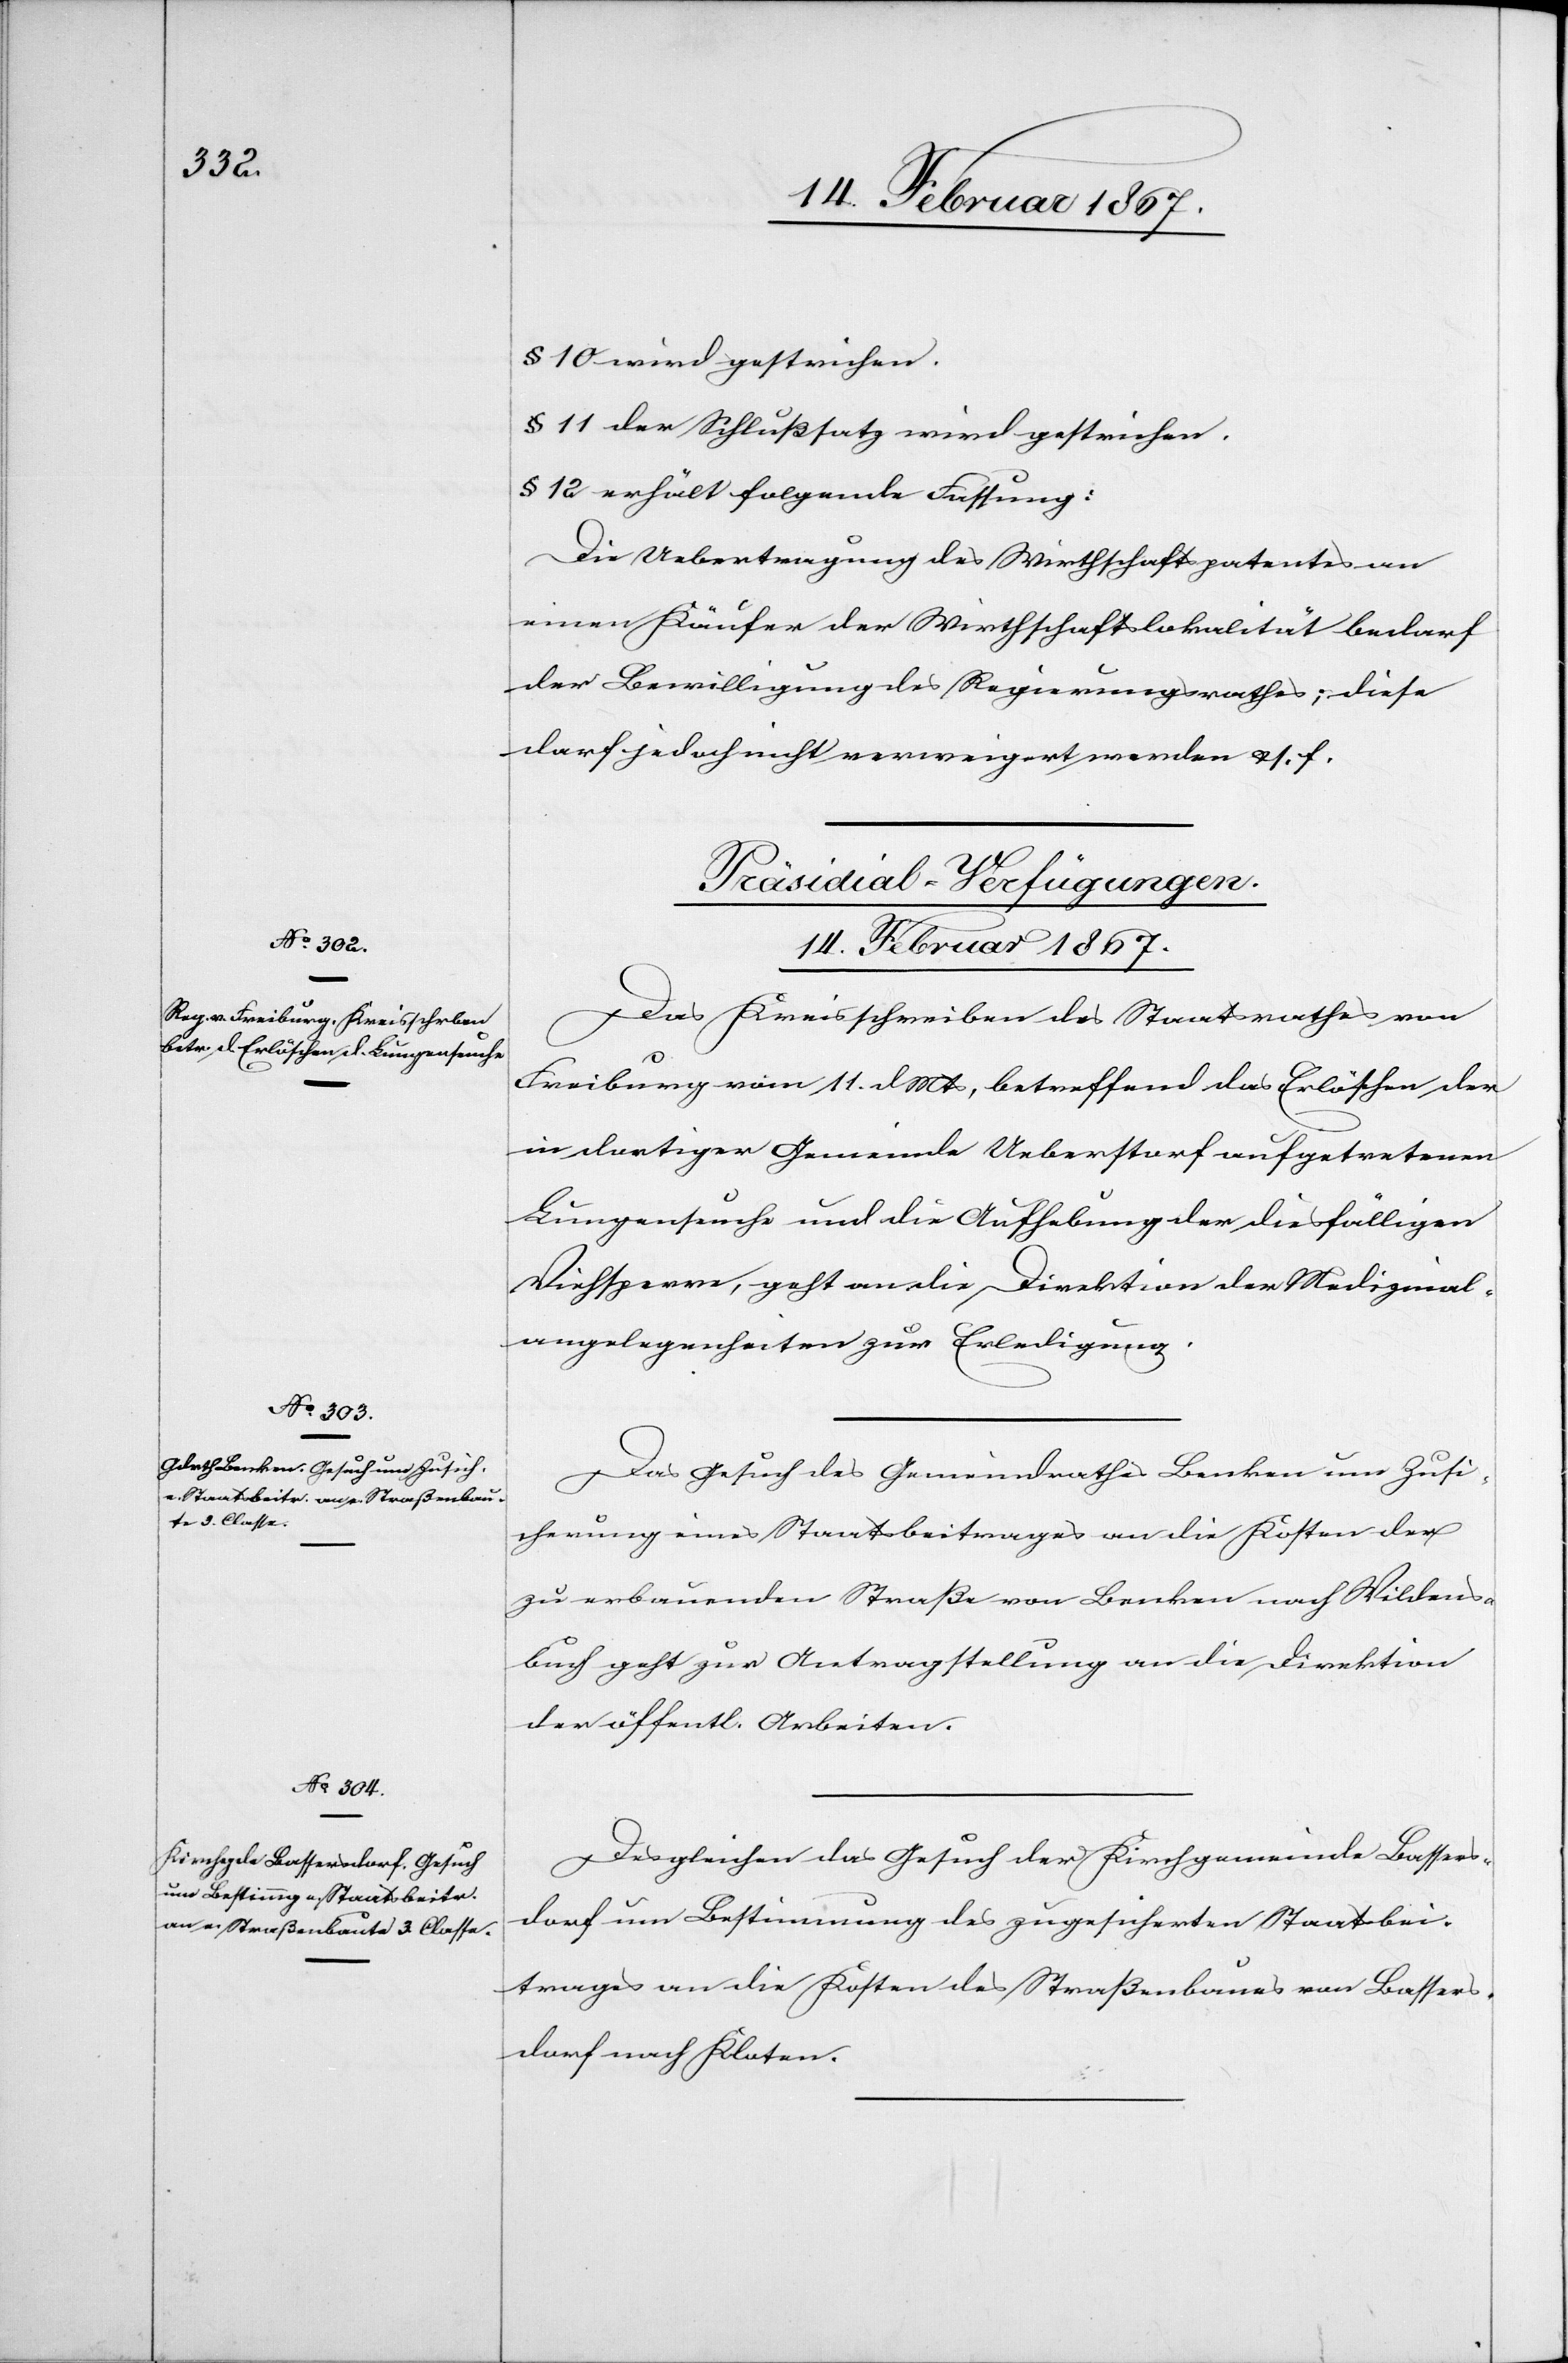
§ 10 wird gestrichen.
§ 11 der Schlußsatz wird gestrichen.
§ 12 erhält folgende Fassung:
Die Uebertragung des Wirthschaftspatentes an
einen Käufer der Wirthschaftslokalität bedarf
der Bewilligung des Regierungsrathes; diese
darf jedoch nicht verweigert werden u. s. f.
[Präsidial-Verfügungen.
14. Februar 1867.]
Das Kreisschreiben des Staatsrathes von
Freiburg vom 11. d. Mts, betreffend das Erlöschen der
in dortiger Gemeinde Ueberstorf aufgetretenen
Lungenseuche und die Aufhebung der diesfälligen
Viehsperre, geht an die Direktion der Medizinal¬
angelegenheiten zur Erledigung.
Das Gesuch des Gemeindrathes Benken um Zusi¬
cherung eines Staatsbeitrages an die Kosten der
zu erbauenden Straße von Benken nach Wildens¬
buch geht zur Antragstellung an die Direktion
der öffentl. Arbeiten.
Desgleichen das Gesuch der Kirchgemeinde Bassers¬
dorf um Bestimmung des zugesicherten Staatsbei¬
trages an die Kosten des Straßenbaues von Bassers¬
dorf nach Kloten.